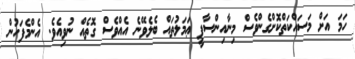
ހަމަ އަށް މަސައްކަތްކޮށްގެންވެސް މިނާއިންސާފީ ޢަމަލުތައް ބެލެވޭނެ އެއްވެސް ގޮތެއް ނުވިއެވެ. އެންމެފަހުން